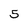
Character: 5